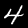
Digit: 4